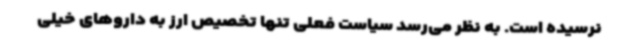
نرسیده است. به نظر می‌رسد سیاست فعلی تنها تخصیص ارز به داروهای خیلی